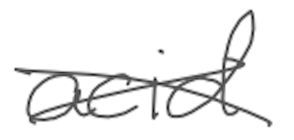
Text: acid
Cross-out: cross
Writing tool: digital_gray